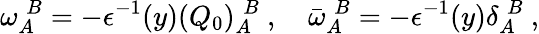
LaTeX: \omega_{A}^{\; B}=-\epsilon^{-1}(y)(Q_{0})_{A}^{\; B}\ ,\quad\bar{\omega}_{A}^{\; B}=-\epsilon^{-1}(y)\delta_{A}^{\; B}\ ,